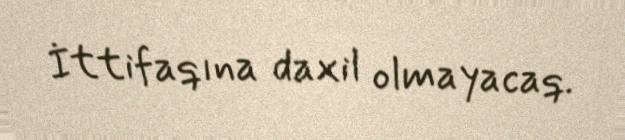
İttifaqına daxil olmayacaq.